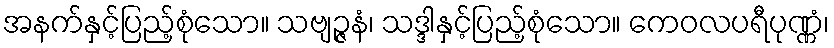
အနက်နှင့်ပြည့်စုံသော။ သဗျဉ္ဇနံ၊ သဒ္ဒါနှင့်ပြည့်စုံသော။ ကေဝလပရီပုဏ္ဏံ၊